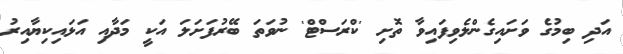
އަދި ބިމުގެ ވަށައިގެންލެވިފައިވާ ތޮށި 'ކްރަސްޓް' ނުވަތަ ބޭރުފަށަލަ އަކީ މަދާއި އަޅައިކިޔާއިރު